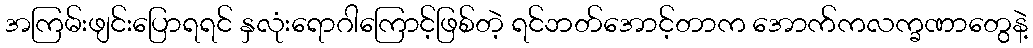
အကြမ်းဖျင်းပြောရရင် နှလုံးရောဂါကြောင့်ဖြစ်တဲ့ ရင်ဘတ်အောင့်တာက အောက်ကလက္ခဏာတွေနဲ့